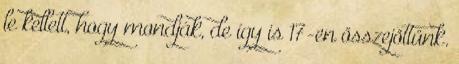
le kellett, hogy mondják, de így is 17-en összejöttünk.